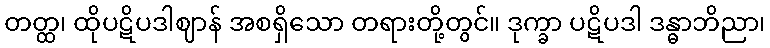
တတ္ထ၊ ထိုပဋိပဒါဈာန် အစရှိသော တရားတို့တွင်။ ဒုက္ခာ ပဋိပဒါ ဒန္ဓာဘိညာ၊